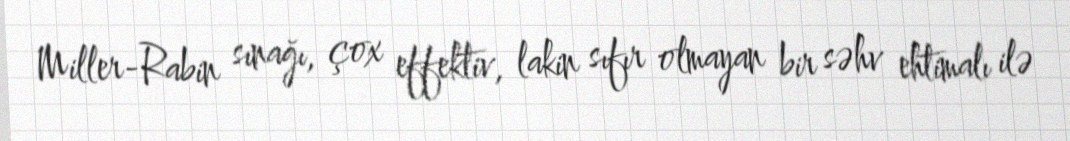
Miller-Rabin sınağı, çox effektiv, lakin sıfır olmayan bir səhv ehtimalı ilə